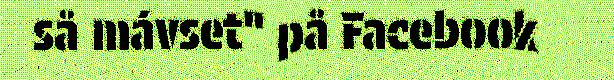
så mávset" på Facebook